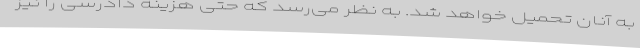
به آنان تحمیل خواهد شد. به نظر می‌رسد که حتی هزینه دادرسی را نیز